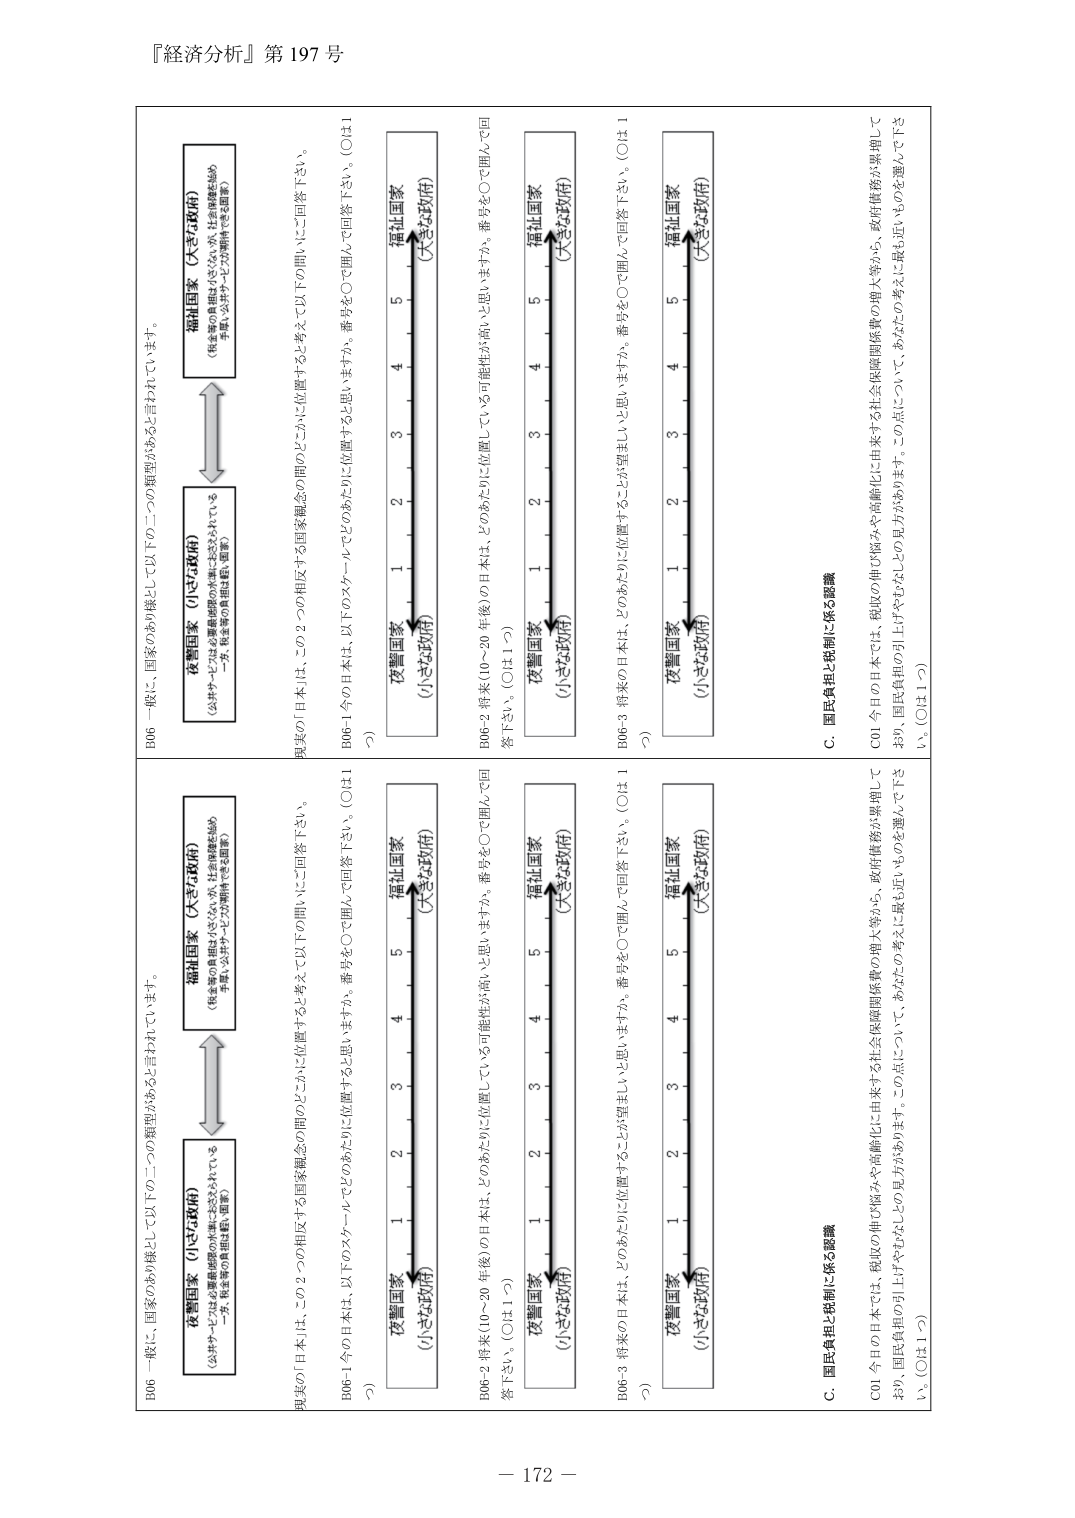
『経済分析』第197号

B06 一般に、国家のあり様として以下の二つの類型があると言われています。

夜警国家（小さな政府）
（公共サービスは必要最低限の水準に抑えられている
一方、税金等の負担は軽い国家）

福祉国家（大きな政府）
（税金等の負担は小さくないが、社会保障を始め
手厚い公共サービスが期待できる国家）

現実の「日本は、この２つの相反する国家観念の間のどこかに位置すると考えている可能性がありますか。番号を○で囲んで回答下さい。（○は1つ）」

B06-1 今の日本は、以下のスケールでどのあたりに位置すると思いますか。番号を○で囲んで回答下さい。（○は1つ）

夜警国家（小さな政府） 1 2 3 4 5 福祉国家（大きな政府）

B06-2 将来（10～20年後）の日本は、どのあたりに位置している可能性が高いと思いますか。番号を○で囲んで回答下さい。（○は1つ）

夜警国家（小さな政府） 1 2 3 4 5 福祉国家（大きな政府）

B06-3 将来の日本は、どのあたりに位置することが望ましいと思いますか。番号を○で囲んで回答下さい。（○は1つ）

夜警国家（小さな政府） 1 2 3 4 5 福祉国家（大きな政府）

C. 国民負担と税制に係る認識

C01 今日の日本では、税収の伸び悩みや高齢化に由来する社会保障関係費の増大等から、政府債務が累増しており、国民負担の引き上げやさらなる点について、あなたのご考えに最も近いものを選んで下さい。（○は1つ）

B06 一般に、国家のあり様として以下の二つの類型があると言われています。

夜警国家（小さな政府）
（公共サービスは必要最低限の水準に抑えられている
一方、税金等の負担は軽い国家）

福祉国家（大きな政府）
（税金等の負担は小さくないが、社会保障を始め
手厚い公共サービスが期待できる国家）

現実の「日本は、この２つの相反する国家観念の間のどこかに位置すると考えている可能性がありますか。番号を○で囲んで回答下さい。（○は1つ）」

B06-1 今の日本は、以下のスケールでどのあたりに位置すると思いますか。番号を○で囲んで回答下さい。（○は1つ）

夜警国家（小さな政府） 1 2 3 4 5 福祉国家（大きな政府）

B06-2 将来（10～20年後）の日本は、どのあたりに位置している可能性が高いと思いますか。番号を○で囲んで回答下さい。（○は1つ）

夜警国家（小さな政府） 1 2 3 4 5 福祉国家（大きな政府）

B06-3 将来の日本は、どのあたりに位置することが望ましいと思いますか。番号を○で囲んで回答下さい。（○は1つ）

夜警国家（小さな政府） 1 2 3 4 5 福祉国家（大きな政府）

C. 国民負担と税制に係る認識

C01 今日の日本では、税収の伸び悩みや高齢化に由来する社会保障関係費の増大等から、政府債務が累増しており、国民負担の引き上げやさらなる点について、あなたのご考えに最も近いものを選んで下さい。（○は1つ）

－ 172 －